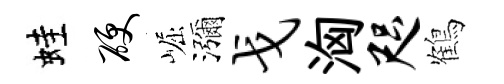
蛙硬崛瀰戈洶咫鶴